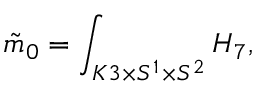
\tilde { m } _ { 0 } = \int _ { K 3 \times S ^ { 1 } \times S ^ { 2 } } H _ { 7 } ,